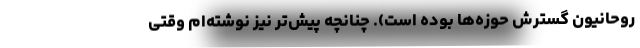
روحانیون گسترش حوزه‌ها بوده است). چنانچه پیش‌تر نیز نوشته‌ام وقتی